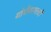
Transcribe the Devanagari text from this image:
गोपीनाथलाही